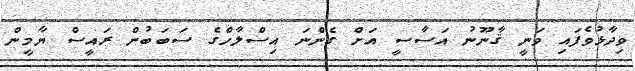
ވިދާޅުވެފައި ވަނީ ޤާނޫނު އަސާސީ އަށް ގެންނަ އިސްލާހްގެ ސަބަބުން ރައީސް ޔާމީން